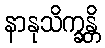
နာနုသိက္ခန္တိ